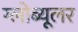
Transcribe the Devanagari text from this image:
ग्लोब्यूलर